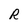
Character: R